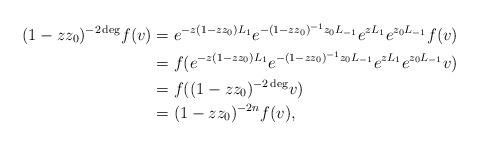
LaTeX: \begin{align*} (1-zz_0)^{-2\deg}f(v)&= e^{-z(1-zz_0)L_{1}}e^{-(1-zz_0)^{-1}z_0L_{-1}}e^{zL_{1}}e^{z_0L_{-1}}f(v) \\ &= f(e^{-z(1-zz_0)L_{1}}e^{-(1-zz_0)^{-1}z_0L_{-1}}e^{zL_{1}}e^{z_0L_{-1}}v) \\ &= f((1-zz_0)^{-2\deg}v)\\ &= (1-zz_0)^{-2n}f(v),\end{align*}